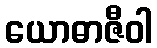
ယောဓာဇီဝါ